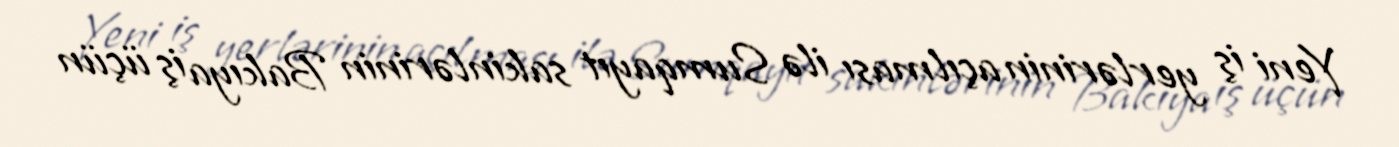
Yeni iş yerlərinin açılması ilə Sumqayıt sakinlərinin Bakıya iş üçün